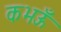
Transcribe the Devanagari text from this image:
कभऊँ